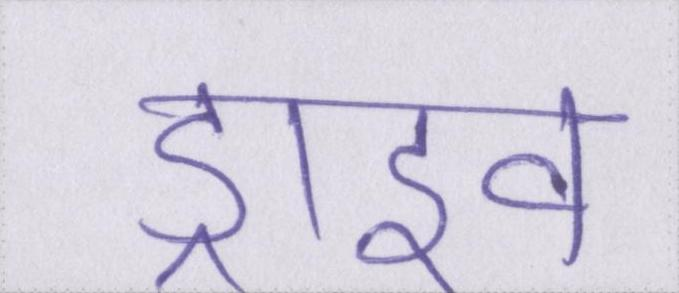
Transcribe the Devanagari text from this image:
ड्राइव